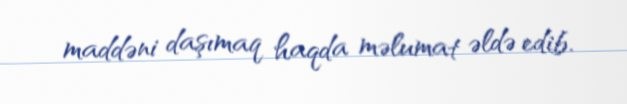
maddəni daşımaq haqda məlumat əldə edib.